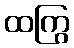
ထကြွ